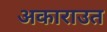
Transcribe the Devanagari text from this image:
अकाराउत